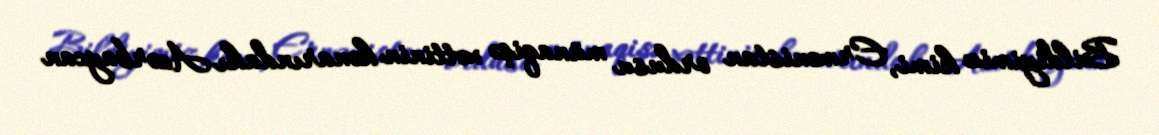
Bildiyimiz kimi, Ermənistan ordusu münaqişə xəttinin kənarındakı Azərbaycan